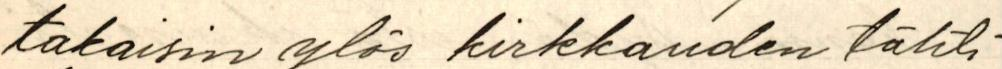
takaisin ylös kirkkauden tähti